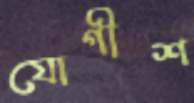
যোগীশ